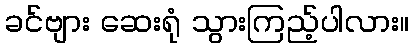
ခင်ဗျား ဆေးရုံ သွားကြည့်ပါလား။